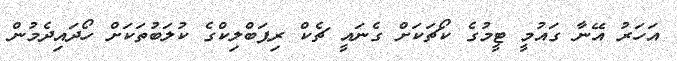
އަހަރު އޭނާ ގައުމީ ޓީމުގެ ކޯޗަކަށް ގެނައީ ޗެކް ރިޕަބްލިކްގެ ކުލަބުތަކަށް ހޯދައިދެމުން